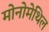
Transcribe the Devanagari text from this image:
मोनोमेथिल